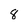
Character: 8